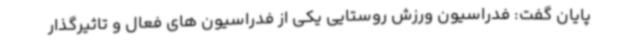
پایان گفت: فدراسیون ورزش روستایی یکی از فدراسیون های فعال و تاثیرگذار